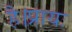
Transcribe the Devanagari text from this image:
है।प्रायः